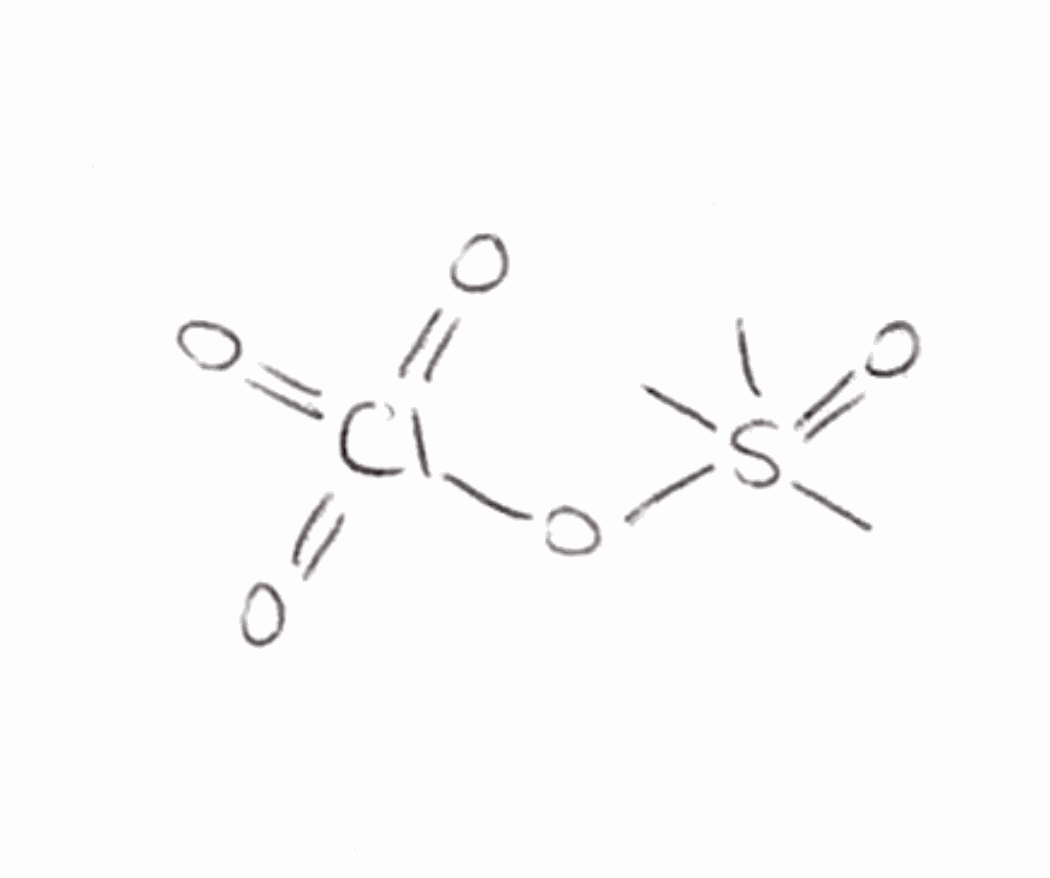
Simplified molecular-input line-entry system (SMILES) notation of the given molecule:
CS(=O)(C)(C)OCl(=O)(=O)=O